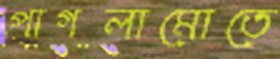
পাগলামোতে